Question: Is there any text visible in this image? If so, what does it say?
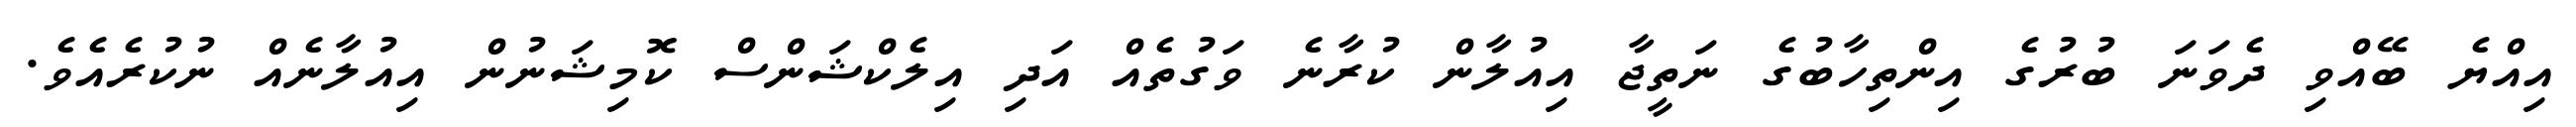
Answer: އިއްޔެ ބޭއްވި ދެވަނަ ބުރުގެ އިންތިހާބުގެ ނަތީޖާ އިއުލާން ކުރާނެ ވަގުތެއް އަދި އިލެކްޝަންސް ކޮމިޝަނުން އިއުލާނެއް ނުކުރެއެވެ.